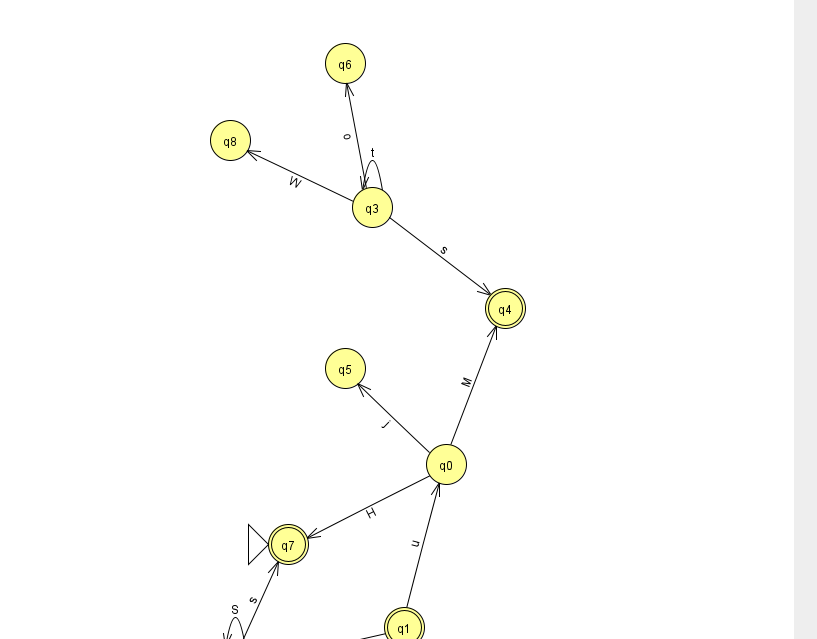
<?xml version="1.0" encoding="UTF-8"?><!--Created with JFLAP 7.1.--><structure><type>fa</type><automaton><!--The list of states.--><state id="0" name="q0"><x>446.0</x><y>451.0</y></state><state id="1" name="q1"><x>404.0</x><y>614.0</y><final/></state><state id="2" name="q2"><x>235.0</x><y>651.0</y></state><state id="3" name="q3"><x>372.0</x><y>194.0</y></state><state id="4" name="q4"><x>505.0</x><y>295.0</y><final/></state><state id="5" name="q5"><x>345.0</x><y>355.0</y></state><state id="6" name="q6"><x>345.0</x><y>50.0</y></state><state id="7" name="q7"><x>288.0</x><y>531.0</y><initial/><final/></state><state id="8" name="q8"><x>230.0</x><y>127.0</y></state><!--The list of transitions.--><transition><from>2</from><to>2</to><read>S</read></transition><transition><from>1</from><to>2</to><read>h</read></transition><transition><from>3</from><to>3</to><read>t</read></transition><transition><from>0</from><to>5</to><read>j</read></transition><transition><from>0</from><to>7</to><read>H</read></transition><transition><from>3</from><to>4</to><read>s</read></transition><transition><from>2</from><to>7</to><read>s</read></transition><transition><from>0</from><to>4</to><read>M</read></transition><transition><from>1</from><to>0</to><read>u</read></transition><transition><from>3</from><to>8</to><read>W</read></transition><transition><from>3</from><to>6</to><read>o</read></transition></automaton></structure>